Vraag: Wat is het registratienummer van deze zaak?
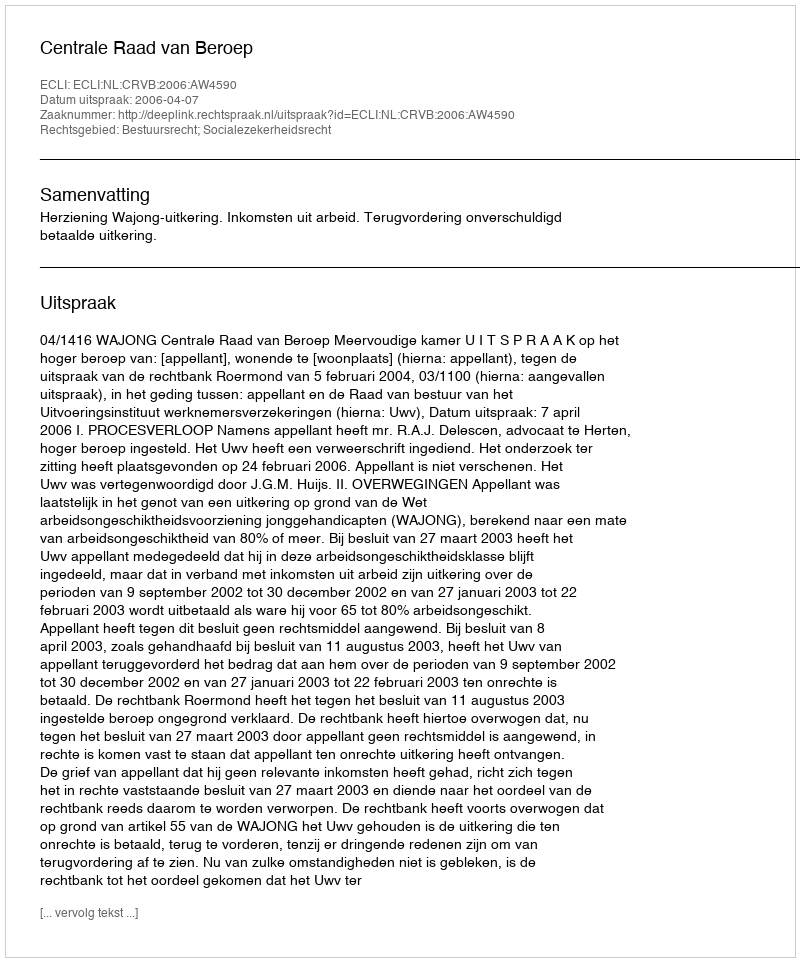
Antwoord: http://deeplink.rechtspraak.nl/uitspraak?id=ECLI:NL:CRVB:2006:AW4590